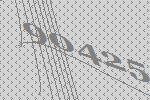
90425